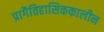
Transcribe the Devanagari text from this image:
प्रागैतिहासिककालीन